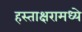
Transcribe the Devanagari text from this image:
हस्ताक्षरामध्ये